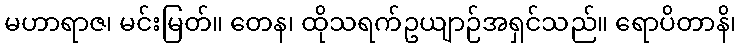
မဟာရာဇ၊ မင်းမြတ်။ တေန၊ ထိုသရက်ဥယျာဉ်အရှင်သည်။ ရောပိတာနိ၊